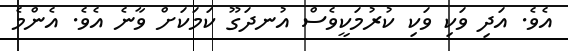
އެވެ. އަދި ވަކި ވަކި ކުރުމަކީވެސް އުނދަގޫ ކަމަކަށް ވާނެ އެވެ. އެންމެ